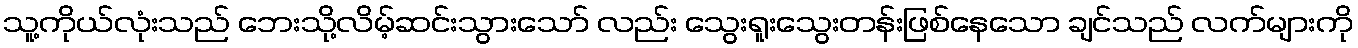
သူ့ကိုယ်လုံးသည် ဘေးသို့လိမ့်ဆင်းသွားသော် လည်း သွေးရူးသွေးတန်းဖြစ်နေသော ချင်သည် လက်များကို